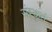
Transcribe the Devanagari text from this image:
संस्कृतं